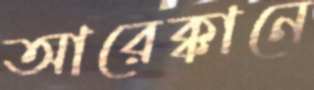
আরেক্কানে